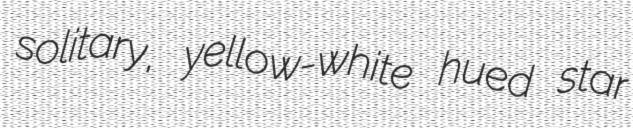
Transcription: solitary, yellow-white hued star